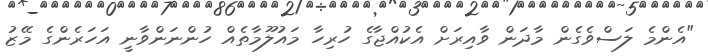
"އެންމެ ލަސްވެގެން މާދަން ވާއިރަށް އެކުއްޖާގެ ހުރިހާ މައުލޫމާތެއް ހުންނަންވާނީ އަހަރެންގެ މޭޒު